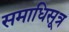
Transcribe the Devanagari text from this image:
समाधिसूत्र